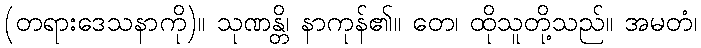
(တရားဒေသနာကို)။ သုဏန္တိ၊ နာကုန်၏။ တေ၊ ထိုသူတို့သည်။ အမတံ၊